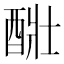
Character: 𨡈